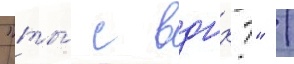
"ты́ с вднх?" /